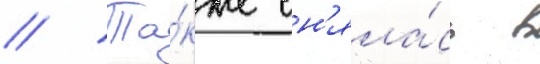
// Та́кже сн'яла́сь в